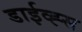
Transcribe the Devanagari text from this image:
डाईव्ह्स